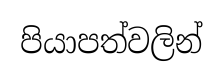
පියාපත්වලින්